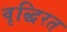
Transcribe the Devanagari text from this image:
वृद्धिरत